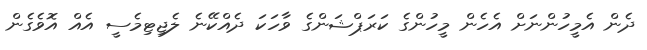
ދެން އެމީހުންނަށް އެހެން މީހުންގެ ކަރަޕްޝަންގެ ވާހަކަ ދެއްކޭނެ ލެޖިޓިމެސީ އެއް އޮވެގެން